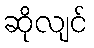
ဆိုလျင်